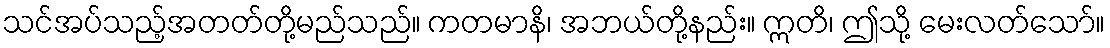
သင်အပ်သည့်အတတ်တို့မည်သည်။ ကတမာနိ၊ အဘယ်တို့နည်း။ ဣတိ၊ ဤသို့ မေးလတ်သော်။